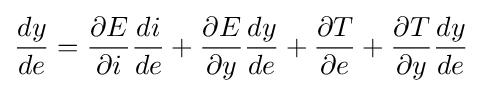
{\frac {dy}{de}}={\frac {\partial E}{\partial i}}{\frac {di}{de}}+{\frac {\partial E}{\partial y}}{\frac {dy}{de}}+{\frac {\partial T}{\partial e}}+{\frac {\partial T}{\partial y}}{\frac {dy}{de}}